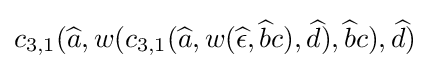
c_{3,1}({\widehat {a}},w(c_{3,1}({\widehat {a}},w({\widehat {\epsilon }},{\widehat {b}}c),{\widehat {d}}),{\widehat {b}}c),{\widehat {d}})